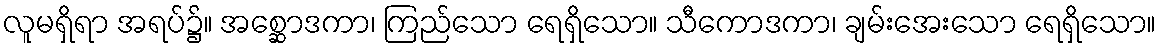
လူမရှိရာ အရပ်၌။ အစ္ဆောဒကာ၊ ကြည်သော ရေရှိသော။ သီကောဒကာ၊ ချမ်းအေးသော ရေရှိသော။